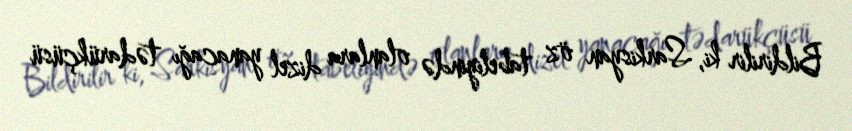
Bildirilir ki, Sarkisyan öz tabeliyində olanlara dizel yanacağı tədarükçüsü